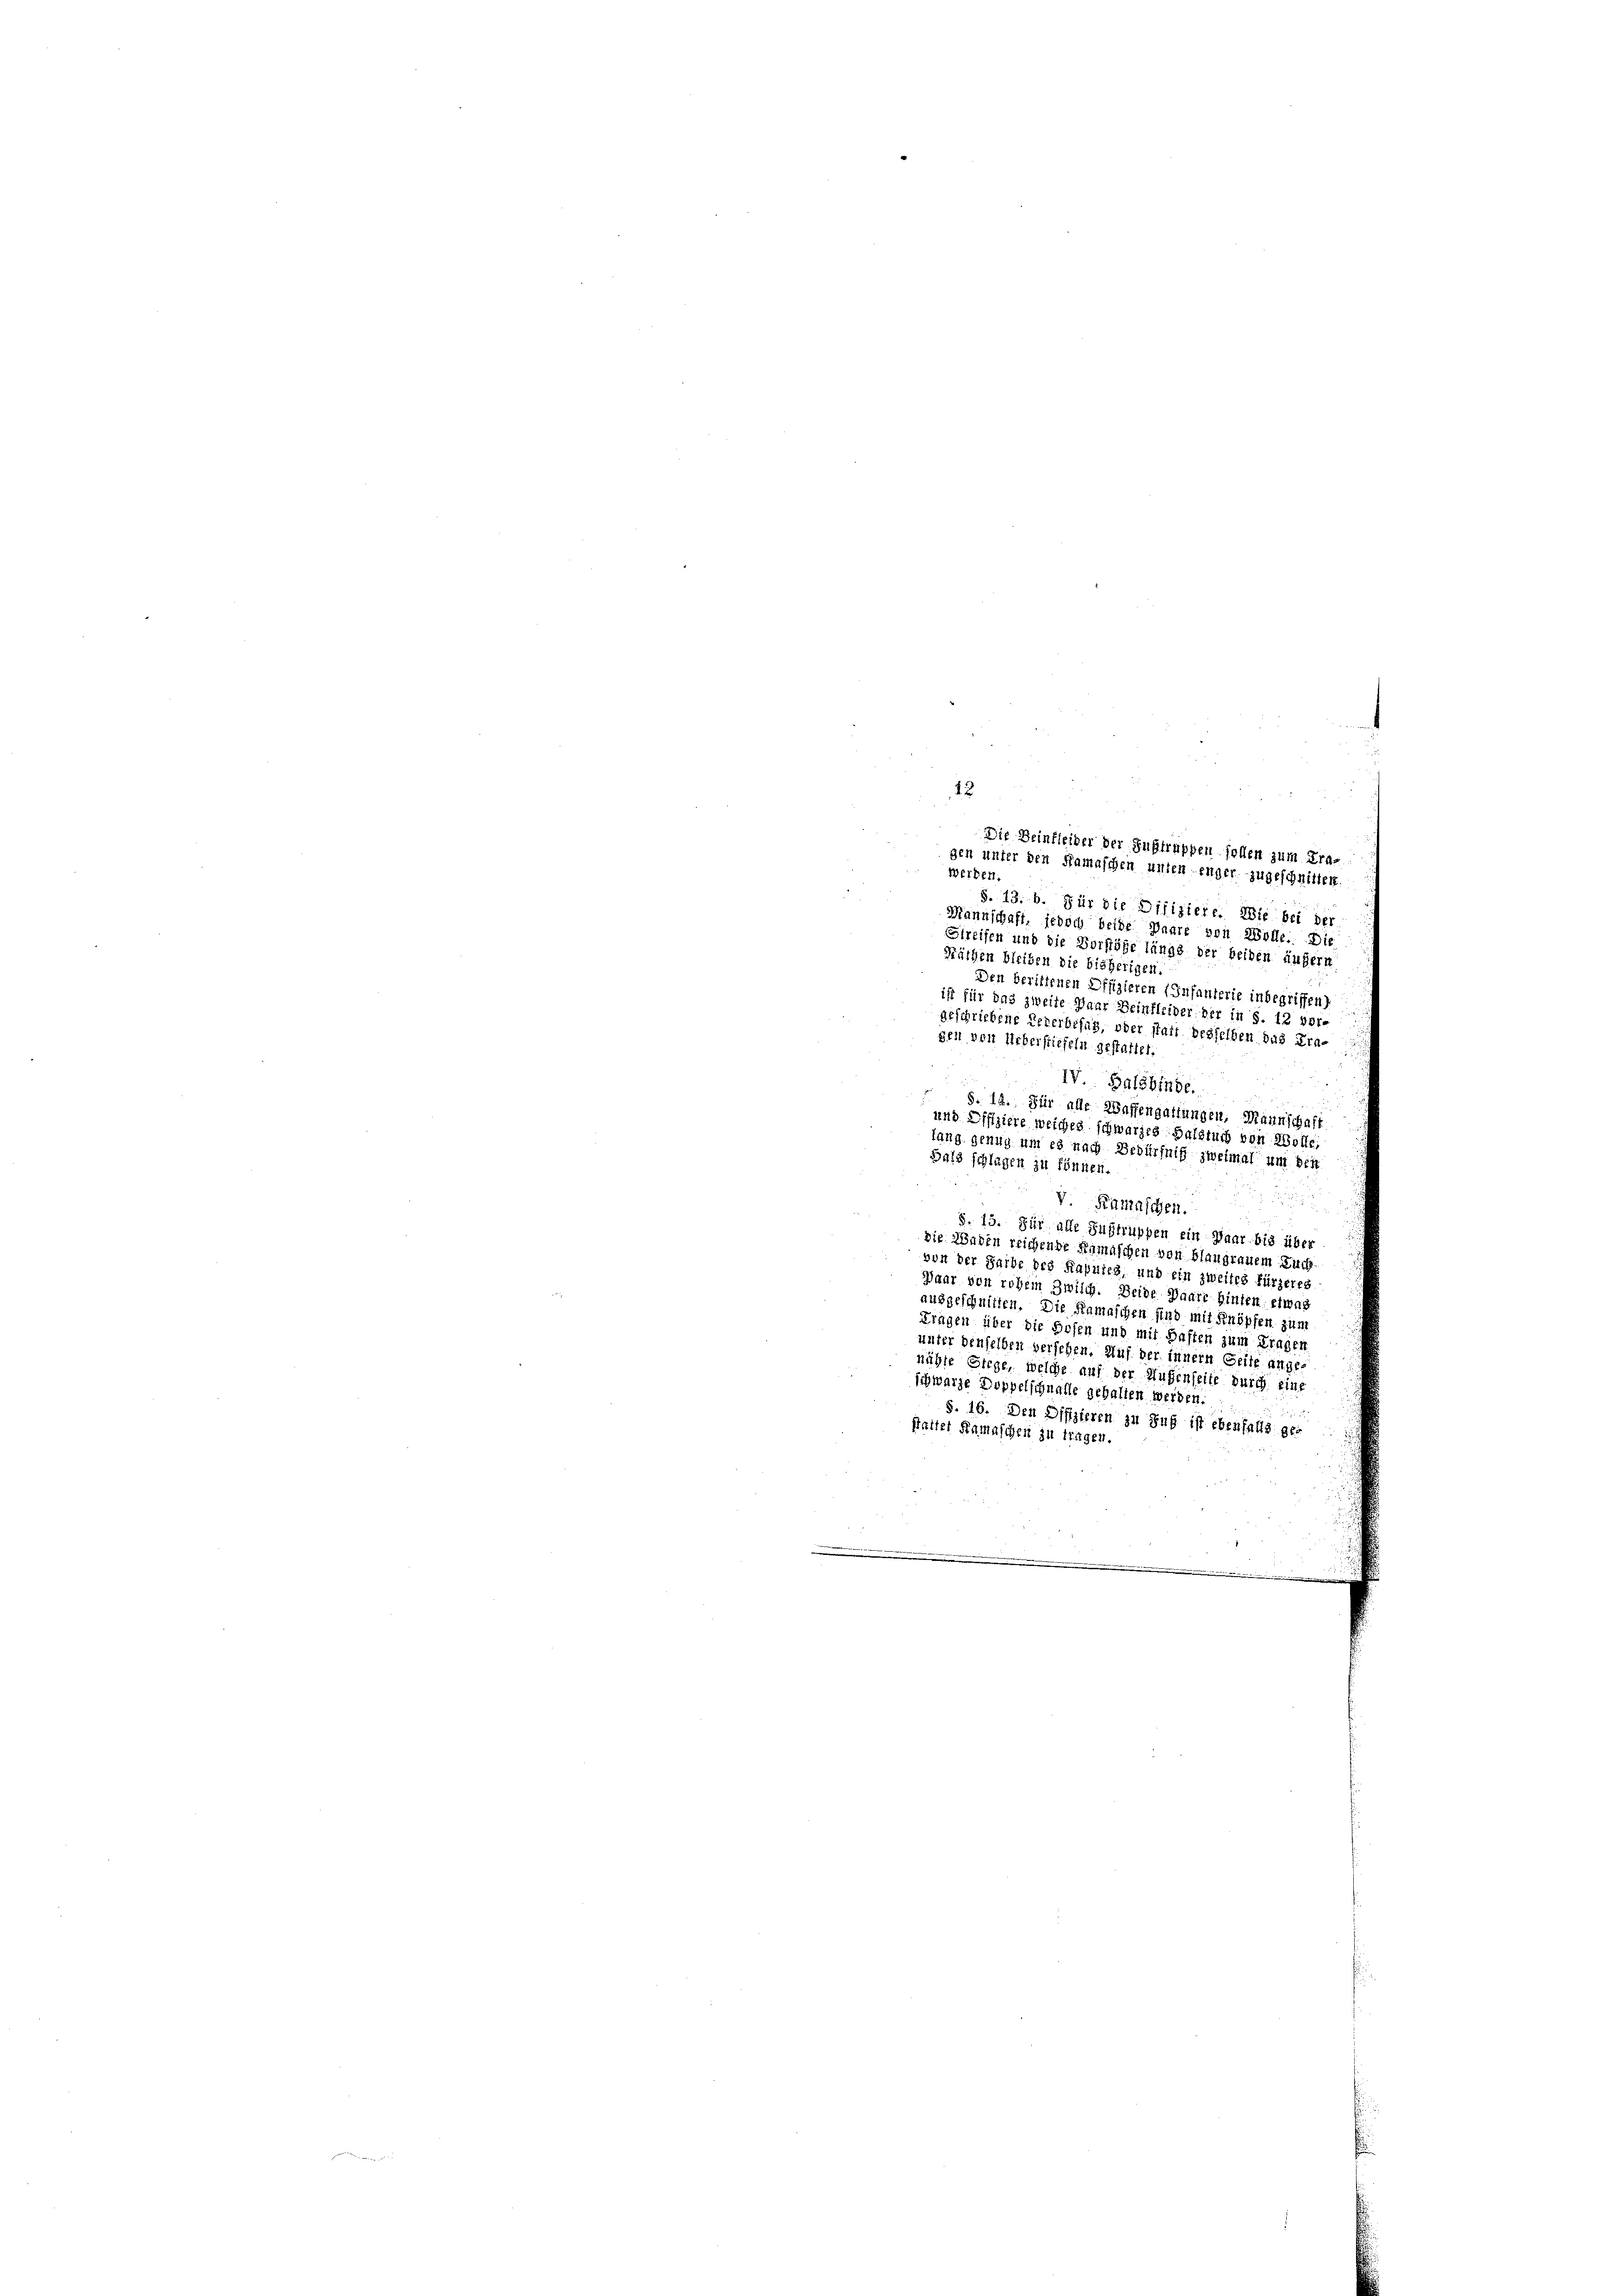
12
gen unter den Kamaschen unten enger zugeschnitten.
Werken.
S. 13. b. Für die Difiziere. Wie bei der
Mannschaft, jedoch beide Paare von Wolle. Die
Streifen und die Vorstöße längs der beiden äufern
Räthen bleiben die bisherigen
Den berittenen Offizieren (Infanterie inbegriffen)
ist für das zweite Paar Beinfleider der in S. 12 ver-
geschriebene Lederbesah, oder statt besselben das Eragen von Ueberflicheln gestattet
IV Balbinde.
§. 14. Für ade Waffengattungen, Mannschaft
und Difiziere weiches schwarzes Halstuch von Wolle;
lang genug um es nach Bedürfniß zweimal um den
Bald schlagen zu können.
Kamaschen.
S. 15. Für alle Sustruppen ein Paar bis über
Die Kinden reichende Ramaschen von Blaugrauem Zucht
von der Farbe des Kapuies, und ein zweites fürzeres
Paar von rohem Zwilch. Beide Paare hinten etwas
ausgeschnitten. Die Ramaschen sind mit Knöpfen zum
Tragen über die Hosen und mit Haften zum Fragen
unter denselben versehen. Auf der innern Geile ange-
nähte Siege, welche auf der Hufenseite durch eine
schwarze Doppelschnalle gehalten werden
S. 16. Den Offizieren zu Fuß ist ebenfalls ger
stalter Samaschen in tragen.
.

Die Beinfleider der Auftruppen sollen zum Tra-

.